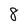
Character: 8